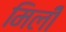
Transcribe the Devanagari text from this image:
मिलीँ